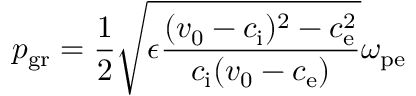
p _ { \mathrm { g r } } = \frac { 1 } { 2 } \sqrt { \epsilon \frac { ( v _ { 0 } - c _ { \mathrm { i } } ) ^ { 2 } - c _ { \mathrm { e } } ^ { 2 } } { c _ { \mathrm { i } } ( v _ { 0 } - c _ { \mathrm { e } } ) } } \omega _ { \mathrm { p e } }